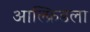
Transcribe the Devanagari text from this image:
आल्फ्रिडला